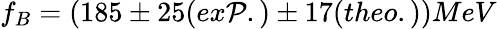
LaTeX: f_{B}=(185\pm25(ex\mathcal{P}.)\pm17(theo.))MeV